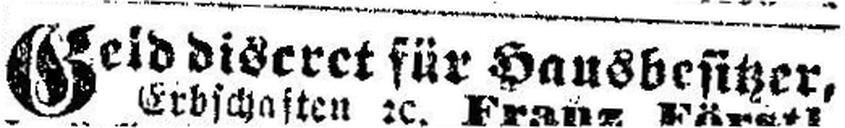
Geld discret für Hausbesitzer,